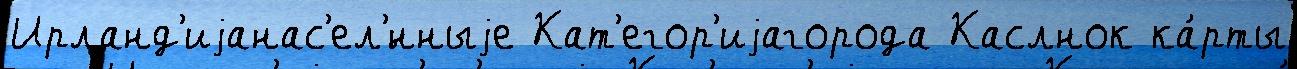
Ирланд'иjанас'ел'́нныjе Кат'егор'иjагорода Каслнок ка́рты